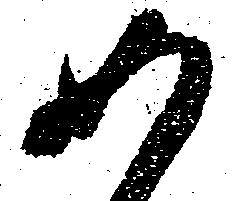
如